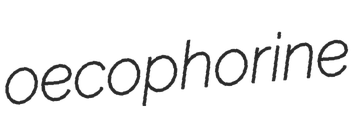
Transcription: oecophorine